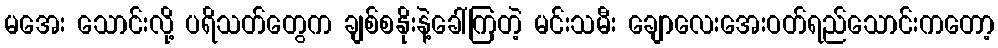
မအေး သောင်းလို့ ပရိသတ်တွေက ချစ်စနိုးနဲ့ခေါ်ကြတဲ့ မင်းသမီး ချောလေးအေးဝတ်ရည်သောင်းကတော့